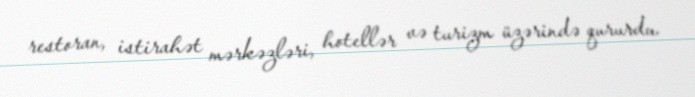
restoran, istirahət mərkəzləri, hotellər və turizm üzərində qururdu.